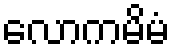
လောကမိမံ